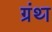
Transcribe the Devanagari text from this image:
ग्रंथ्‍ा